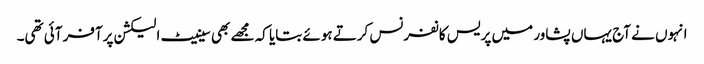
انہوں نے آج یہاں پشاور میں پریس کانفرنس کرتے ہوئے بتایا کہ مجھے بھی سینیٹ الیکشن پرآفر آئی تھی۔